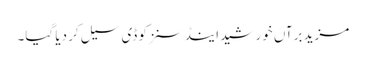
مزید برآں خورشید اینڈ سنزکو ڈی سیل کر دیا گیا۔